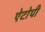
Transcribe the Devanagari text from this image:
ऐटोपी